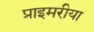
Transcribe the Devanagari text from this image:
प्राइमरीया